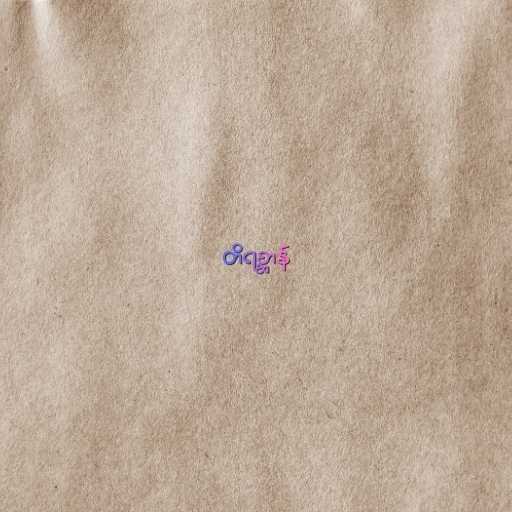
တိရစ္ဆာန်